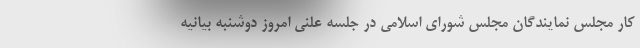
کار مجلس نمایندگان مجلس شورای اسلامی در جلسه علنی امروز دوشنبه بیانیه